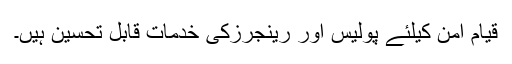
قیام امن کیلئے پولیس اور رینجرزکی خدمات قابل تحسین ہیں۔